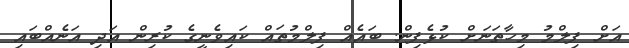
އަށް ފިލްމު މިހާތަނަށް ކުޅެފިން. ބައެއް ފިލްމުތައް ކައިވެނީގެ ކުރިން އަދި އަނެއްބައި